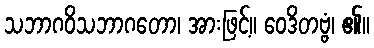
သဘာဂဝိသဘာဂတော၊ အားဖြင့်။ ဝေဒိတဗ္ဗံ၊ ၏။